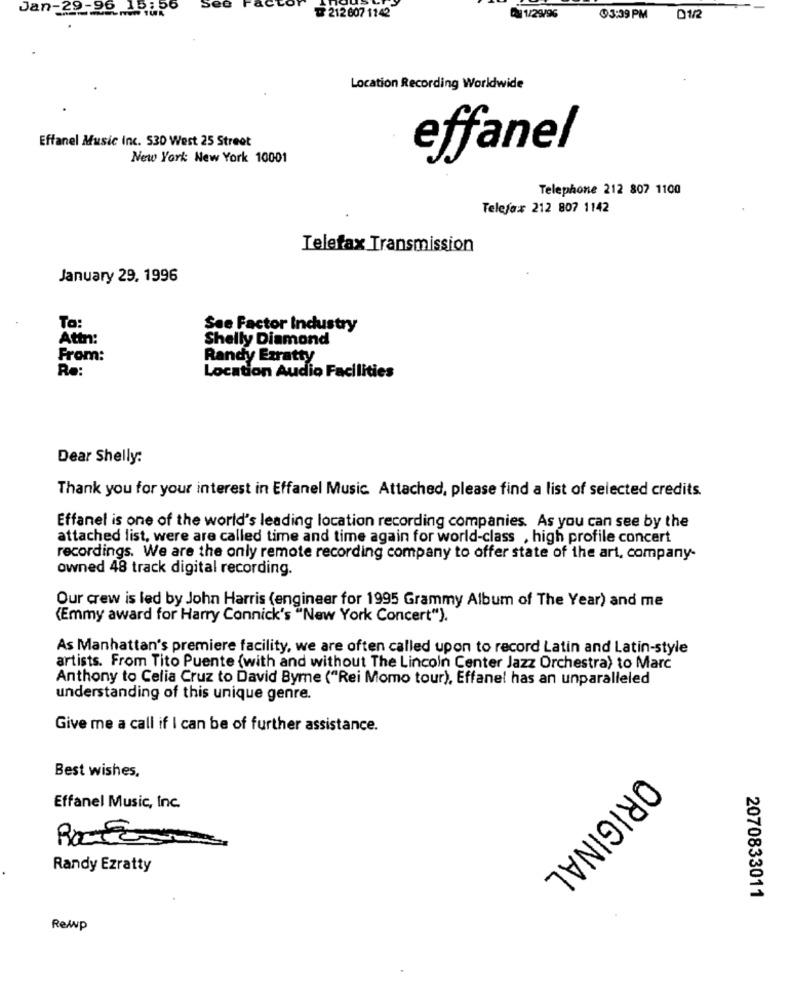
Jan-20-20 18:0
Set
212 607 1142
1/29/96
@3:39 PM
01/2
Location Recording Worldwide
Effanel Music Inc. 530 West 25 Street
New York New York 10001
effanel
Telephone 212 807 1100
Telefax 212 807 1142
Telefax Transmission
January 29. 1996
To:
See Factor Industry
Attn:
Shelly Diamond
From:
Randy Ezratty
Re:
Location Audio Facilities
Dear Shelly:
Thank you for your interest in Effanel Music. Attached, please find a list of selected credits.
Effanel is one of the world's leading location recording companies. As you can see by the
attached list, were are called time and time again for world-class , high profile concert
recordings. We are the only remote recording company to offer state of the art, company-
owned 48 track digital recording.
Our crew is led by John Harris (engineer for 1995 Grammy Album of The Year) and me
(Emmy award for Harry Connick's "New York Concert").
As Manhattan's premiere facility, we are often called upon to record Latin and Latin-style
artists. From Tito Puente (with and without The Lincoln Center Jazz Orchestra) to Marc
Anthony to Celia Cruz to David Byrne ("Rei Momo tour), Effanel has an unparalleled
understanding of this unique genre.
Give me a call if I can be of further assistance.
Best wishes.
Effanel Music, Inc.
Randy Ezratty
ORIGINAL
2070833011
ReAP